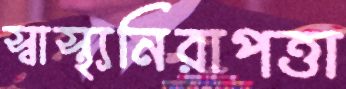
স্বাস্থ্যনিরাপত্তা